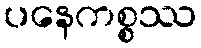
ပနေကစ္စဿ